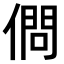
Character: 𠍒